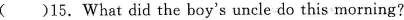
( )15.What did the boy's uncle do this morning?